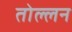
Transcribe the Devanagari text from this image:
तोल्लन